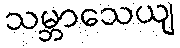
သမ္ဘာသေယျ